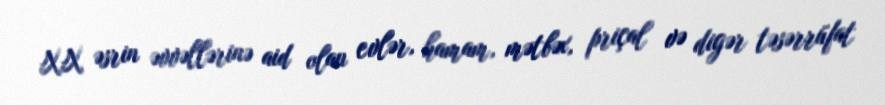
XX əsrin əvvəllərinə aid olan evlər, hamam, mətbəx, priçal və digər təsərrüfat